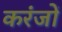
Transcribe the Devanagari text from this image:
करंजों